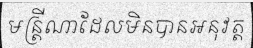
មន្ត្រីណាដែលមិនបានអនុវត្ត